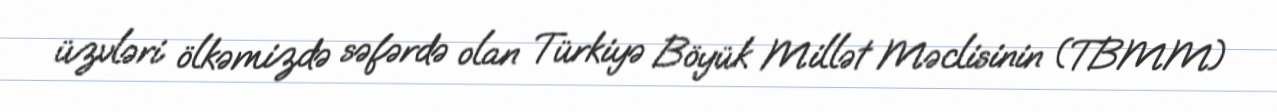
üzvləri ölkəmizdə səfərdə olan Türkiyə Böyük Millət Məclisinin (TBMM)